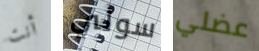
أنت سولي عضلي